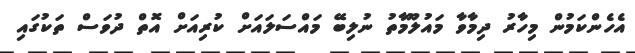
އެހެންކަމުން މިހާރު ދިމާވާ މައުލޫމާތު ނުލިބޭ މައްސަލައަށް ކުރިއަށް އޮތް ދުވަސް ތަކުގައި